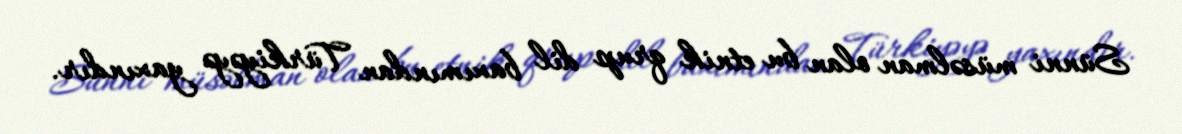
Sünni müsəlman olan bu etnik qrup dil baxımından Türkiyəyə yaxındır.